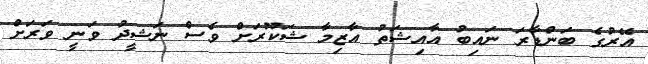
އޭރުގެ ބަންޑާރަ ނައިބު އާއިޝަތު އާޒިމާ ޝަކޫރަށް ވެސް ނަޝީދު ވަނީ ވަރަށް